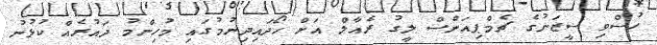
ހުސްވި ސީޒަނުގެ ޗެމްޕިއަންސް ލީގު ރެއާލް އަށް ހޯދައިދިނުމުގައި މުހިންމު ދައުރެއް ކުޅުނު